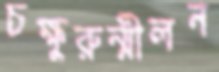
চক্ষুরুন্মীলন